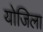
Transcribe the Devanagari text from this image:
योजिला